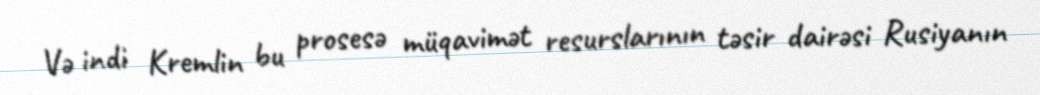
Və indi Kremlin bu prosesə müqavimət resurslarının təsir dairəsi Rusiyanın